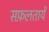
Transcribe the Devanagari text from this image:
सफ़लतायें